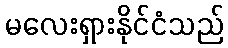
မလေးရှားနိုင်ငံသည်